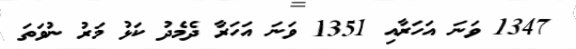
1347 ވަނަ އަހަރާއި 1351 ވަނަ އަހަރާ ދެމެދު ކަޅު މަރު ނުވަތަ